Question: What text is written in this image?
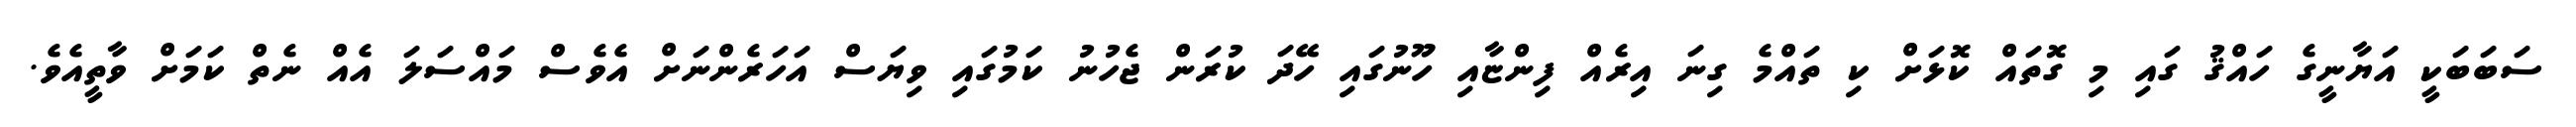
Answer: ސަބަބަކީ އަޔާނީގެ ހައްޤު ގައި މި ގޮތައް ކޮޅަށް ކި ތައްމެ ގިނަ އިރެއް ފިންޏާއި ހޫނުގައި ހޭދަ ކުރަން ޖެހުނު ކަމުގައި ވިޔަސް އަހަރެންނަށް އެވެސް މައްސަލަ އެއް ނެތް ކަމަށް ވާތީއެވެ.